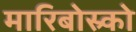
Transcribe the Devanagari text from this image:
मारिबोस्र्को